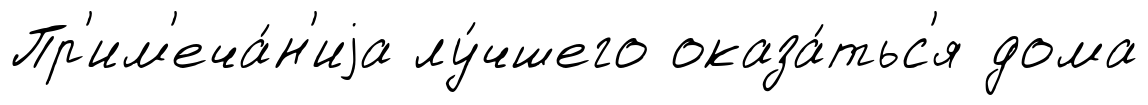
Пр'им'еча́н'иjа лу́чшего оказа́тьс'я дома